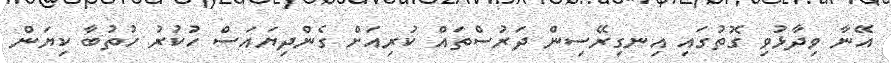
އޭނާ ވިދާޅުވި ގޮތުގައި އިނގިރޭސިން ދަރުސްތައް ކުރިއަށް ގެންދިޔައަސް ހުކުރު ހުތުބާ ކިޔަން